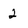
Character: 2